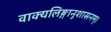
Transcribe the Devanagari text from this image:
वाक्यलिङ्गानुशासनम्।